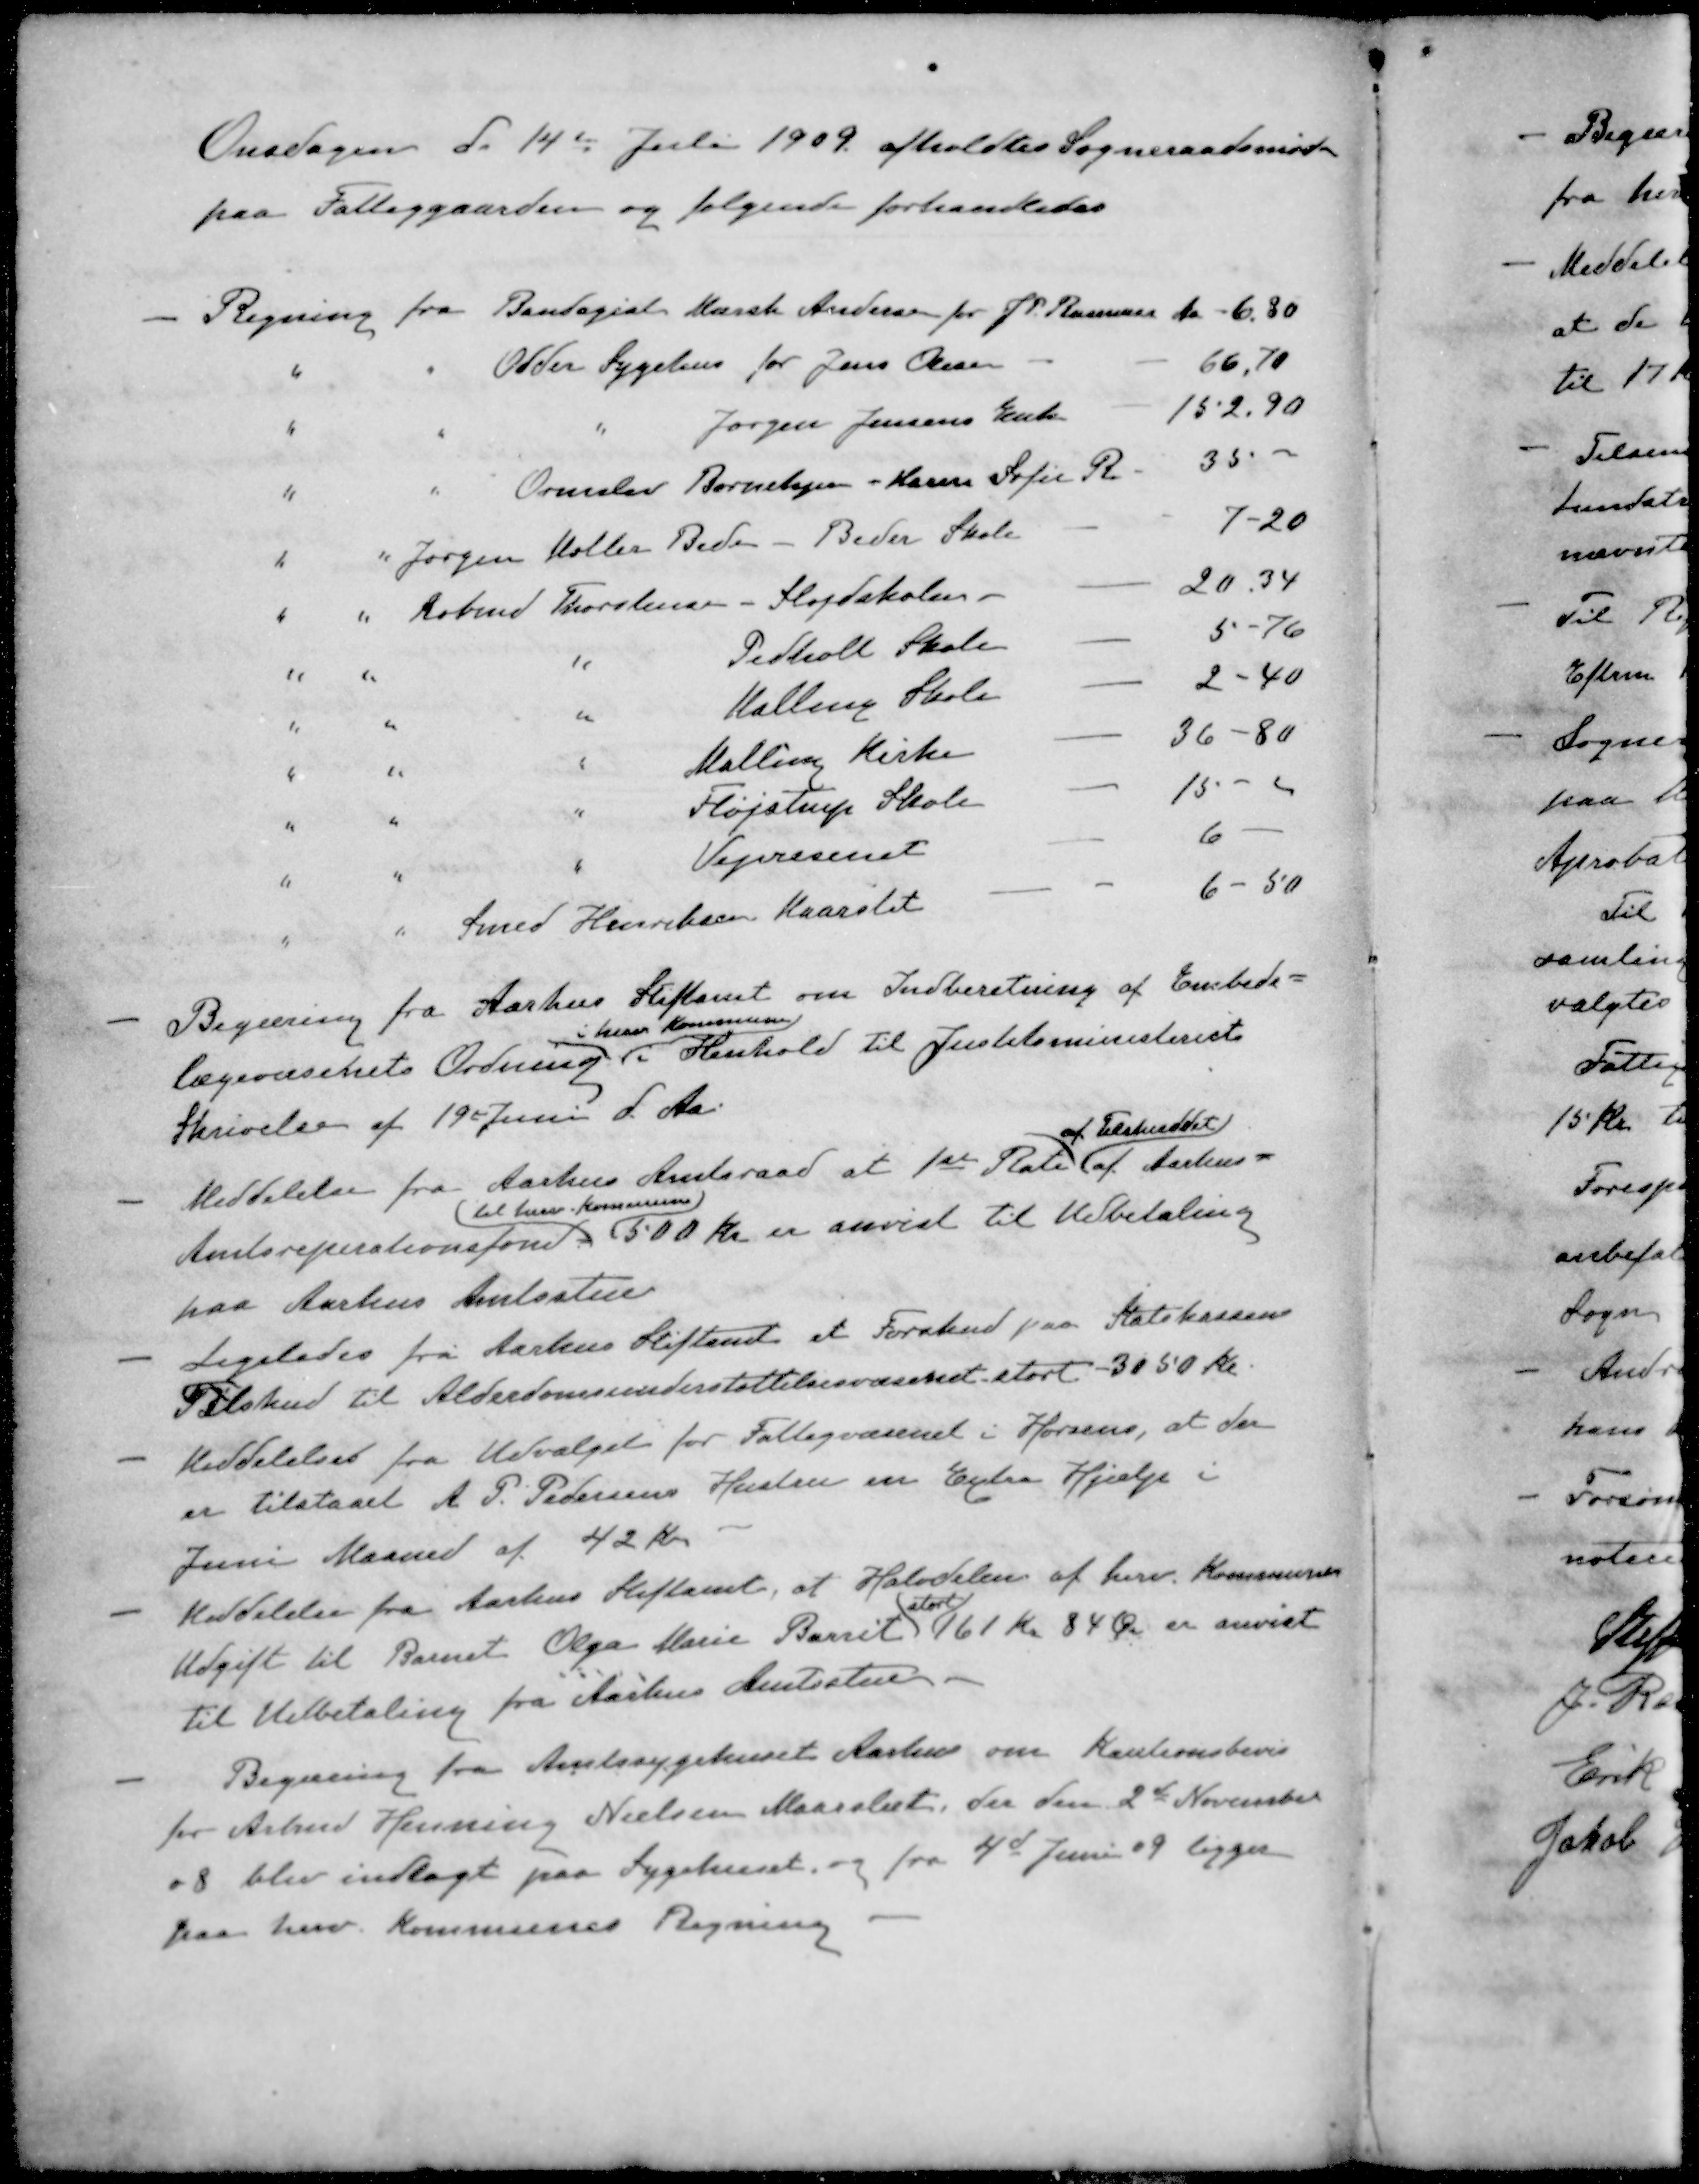
Transskription:
Onsdagen d. 14d Juli 1909 afholdtes Sogneraadsmøde
paa Fattiggaarden og følgende forhandledes
- Regning fra Bandagist Mærsk Andersen for J. P. Rasmussen
6,80
" " Odder Sygehus for Jens Olesen
66,70
" " " Jørgen Jensens Enke
152,90
" " Ormslev Børnehjem - Karen Sofie R.
35 -
" " Jørgen Møller Beder - Beder Skole
7-20
" " Købmd Thorstensen - Sløjdskolen
20,34
" " " Pedholt Skole
5-76
" " " Halling Skole
2 - 40
" " " Malling Kirke
36-80
" " " Fløjstrup Skole
15 - 
" " " Vejvæsenet
6 -
" " Smed Henriksen Maarslet
6 - 50
- Begæring fra Aarhus Stiftamt om Indberetning af Embeds=
i herv Kommune
lægevæsenets Ordning i Henhold til Justitsministeriets
Skrivelse af 19 Juni d Aar
af Tilskuddet
- Meddelelse fra Aarhus Amtsraad at 1ste Rate af Aarhus
til herv. Kommune
Amtsreperationsfond 500 Kr er anvist til Udbetaling
paa Aarhus Amtsstue
- Ligeledes fra Aarhus Stiftamt et Forskud paa Statskassens
Tilskud til Alderdomsunderstøttelsesvæsenet stort 3050 Kr.
- Meddelelser fra Udvalget for Fattigvæsenet i Horsens, at der
er tilstaaet A. P. Pedersens Hustru en Extra Hjælp i
Juni Maaned af 42 Kr.
- Meddelelse fra Aarhus Stiftamt, at Halvdelen af herv. Kommunens
stort
Udgift til Barnet Olga Marie Barret 161 Kr 84 Øre er anvist
til Udbetaling fra Aarhus Amtsstue
- Begæring fra Amtssygehuset Aarhus om Kautionsbevis
for Arbmd Henning Nielsen Maarslet, der den 2d November
08 blev indlagt paa Sygehuset, og fra 4d Juni 09 ligger
paa herv. Kommunes Regning